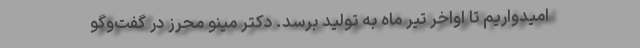
امیدواریم تا اواخر تیر ماه به تولید برسد. دکتر مینو محرز در گفت‌وگو